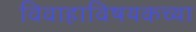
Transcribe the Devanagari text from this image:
विवाहाविषयकच्या